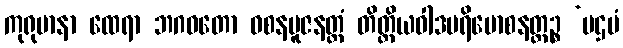
ကုရုမာနာ ထေရာ ဘဂဝတော ဝစနပူဇနတ္ထံ တိတ္ထိယဝါဒပရိမောစနတ္ထဉ္စ ‘ပဌမံ